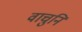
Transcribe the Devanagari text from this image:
वाचुनि